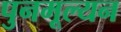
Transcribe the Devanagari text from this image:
पुनमूल्यन